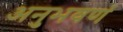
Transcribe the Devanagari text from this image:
अनुभवणं